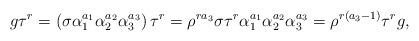
LaTeX: \begin{align*}g\tau^{r}=\left(\sigma\alpha_{1}^{a_{1}}\alpha_{2}^{a_{2}}\alpha_{3}^{a_{3}}\right)\tau^{r} =\rho^{ra_{3}}\sigma\tau^{r}\alpha_{1}^{a_{1}}\alpha_{2}^{a_{2}}\alpha_{3}^{a_{3}}=\rho^{r\left(a_{3}-1\right)}\tau^{r}g,\end{align*}